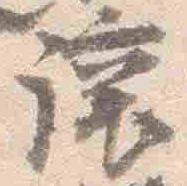
譲